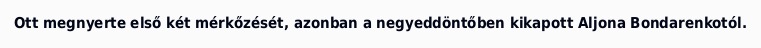
Ott megnyerte első két mérkőzését, azonban a negyeddöntőben kikapott Aljona Bondarenkotól.